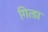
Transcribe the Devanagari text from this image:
गित्डा